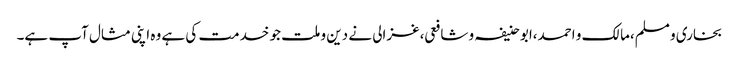
بخاری و مسلم،مالک و احمد،ابو حنیفہ و شافعی،غزالی نے دین و ملت جو خدمت کی ہے وہ اپنی مثال آپ ہے۔